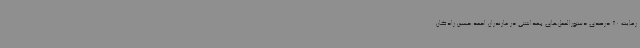
رعایت 80 درصدی دستورالعمل‌های بهداشتی در مازندران احمد حسین زادگان